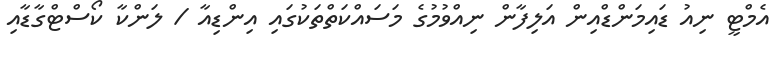
އެމްޓީ ނިއު ޑައިމަންޑްއިން އަލިފާން ނިއްވުމުގެ މަސައްކަތްތަކުގައި އިންޑިއާ / ލަންކާ ކޯސްޓްގާޑާއި